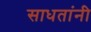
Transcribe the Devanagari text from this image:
साधतांनी